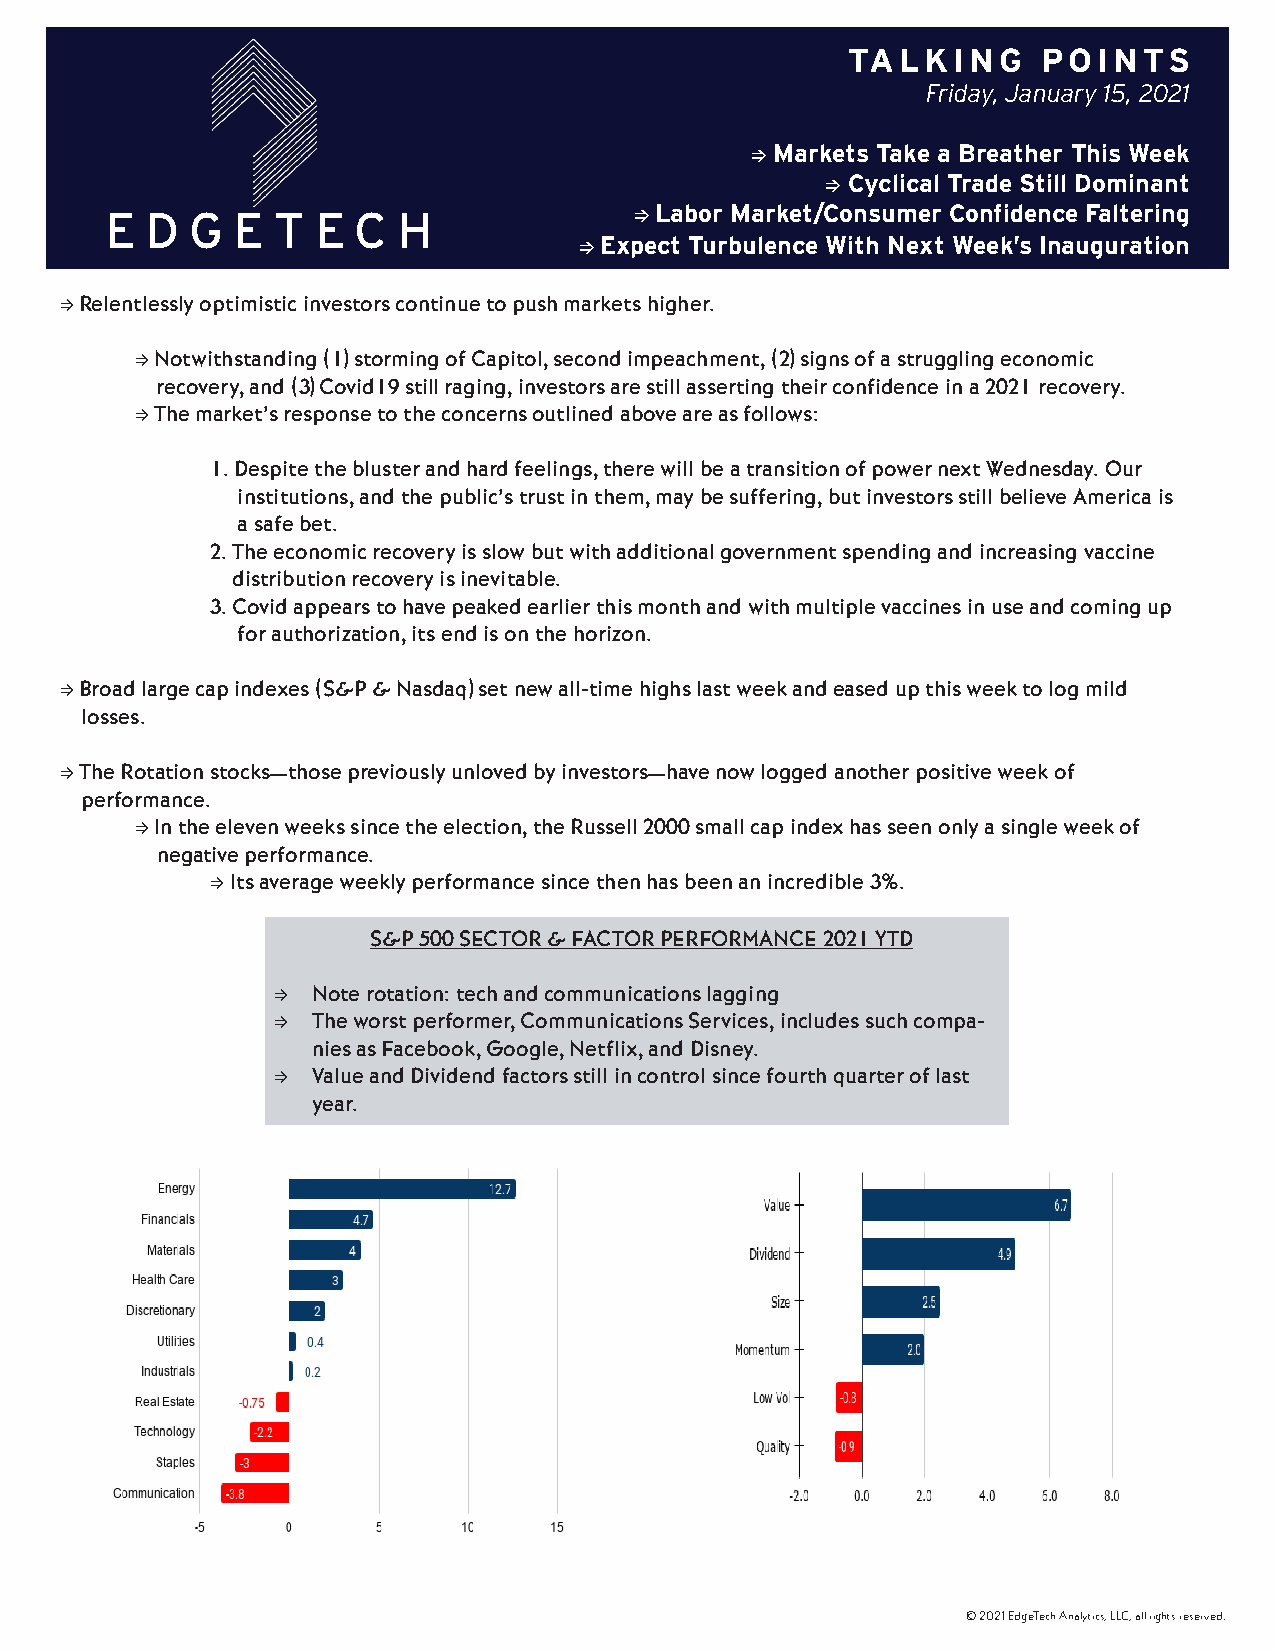
TALKING      POINTS
 Friday, January 15, 2021
 ⇒ Markets Take a Breather This Week
 ⇒ Cyclical Trade Still Dominant
 E  D  G E  T  E C  H               ⇒ Labor Market/Consumer Confidence Faltering
 ⇒ Expect Turbulence With Next Week’s Inauguration
 ⇒ Relentlessly optimistic investors continue to push markets higher.
 ⇒ Notwithstanding (1) storming of Capitol, second impeachment, (2) signs of a struggling economic
 recovery, and (3) Covid19 still raging, investors are still asserting their confidence in a 2021 recovery.
 ⇒ The market’s response to the concerns outlined above are as follows:
 1. Despite the bluster and hard feelings, there will be a transition of power next Wednesday. Our
 institutions, and the public’s trust in them, may be suffering, but investors still believe America is
 a safe bet.
 2. The economic recovery is slow but with additional government spending and increasing vaccine
 distribution recovery is inevitable.
 3. Covid appears to have peaked earlier this month and with multiple vaccines in use and coming up
 for authorization, its end is on the horizon.
 ⇒ Broad large cap indexes (S&P & Nasdaq) set new all-time highs last week and eased up this week to log mild
 losses.
 ⇒ The Rotation stocks—those previously unloved by investors—have now logged another positive week of
 performance.
 ⇒ In the eleven weeks since the election, the Russell 2000 small cap index has seen only a single week of
 negative performance.
 ⇒ Its average weekly performance since then has been an incredible 3%.
 S&P 500 SECTOR & FACTOR PERFORMANCE 2021 YTD
 ⇒  Note rotation: tech and communications lagging
 ⇒  The worst performer, Communications Services, includes such compa-
 nies as Facebook, Google, Netflix, and Disney.
 ⇒  Value and Dividend factors still in control since fourth quarter of last
 year.
 © 2021 EdgeTech Analytics, LLC, all rights reserved.